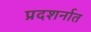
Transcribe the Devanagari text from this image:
प्रदशर्नात